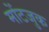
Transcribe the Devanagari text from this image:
मोंटजुक